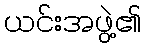
ယင်းအဖွဲ့၏